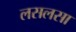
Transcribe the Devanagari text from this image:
लसलसा